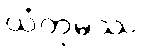
ယံတုမဿ